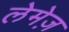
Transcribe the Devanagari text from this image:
लेमेज़